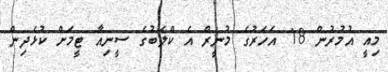
މިއީ އުމުރުން 18 އަހަރުގެ މުނީރް އެ ކްލަބުގެ ސީނިއާ ޓީމަށް ކުޅެދިން